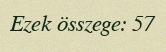
Ezek összege: 57